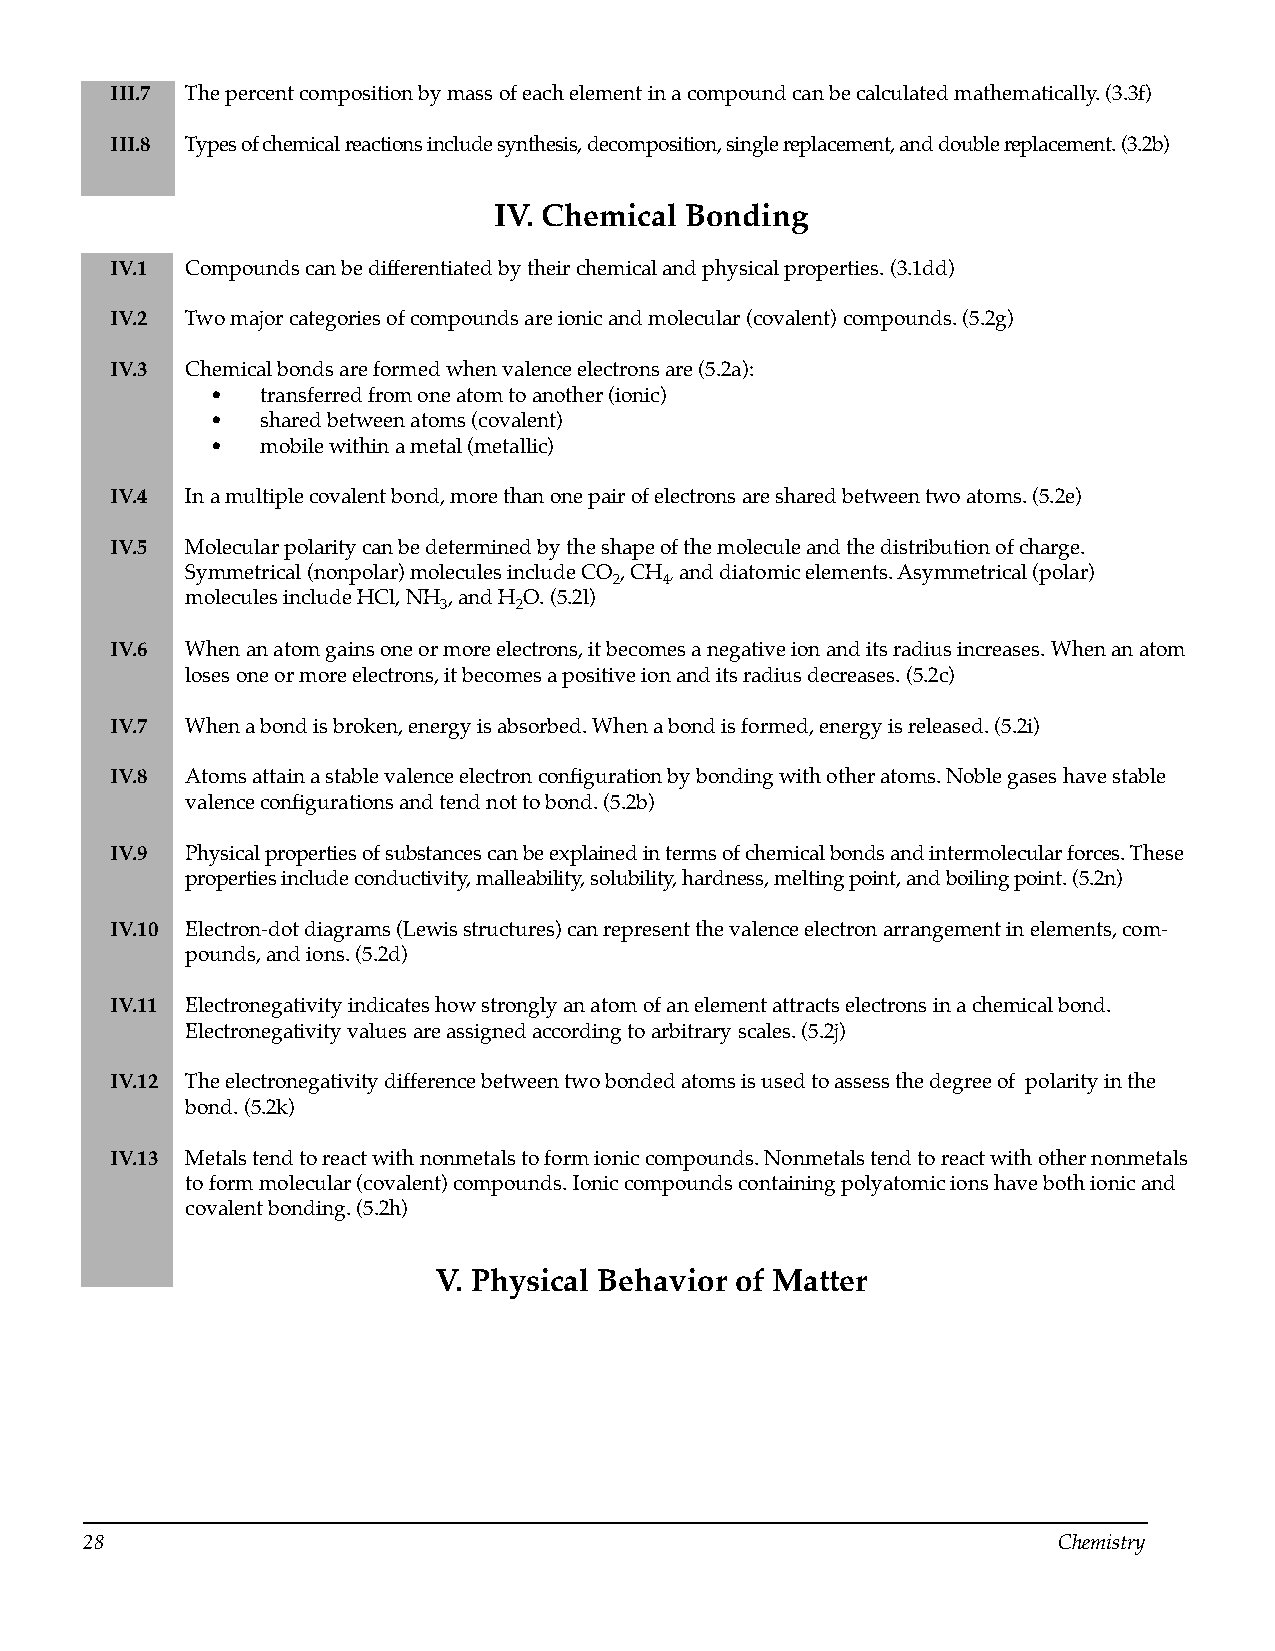
III.7 The percent composition by mass of each element in a compound can be calculated mathematically. (3.3f)
 III.8 Types of chemical reactions include synthesis, decomposition, single replacement, and double replacement. (3.2b)
 IV. Chemical Bonding
 IV.1 Compounds can be differentiated by their chemical and physical properties. (3.1dd)
 IV.2 Two major categories of compounds are ionic and molecular (covalent) compounds. (5.2g)
 IV.3 Chemical bonds are formed when valence electrons are (5.2a):
 •  transferred from one atom to another (ionic)
 •  shared between atoms (covalent)
 •  mobile within a metal (metallic)
 IV.4 In a multiple covalent bond, more than one pair of electrons are shared between two atoms. (5.2e)
 IV.5 Molecular polarity can be determined by the shape of the molecule and the distribution of charge.
 Symmetrical (nonpolar) molecules include CO 2, CH 4, and diatomic elements. Asymmetrical (polar)
 molecules include HCl, NH , and H O. (5.2l)
 3    2
 IV.6 When an atom gains one or more electrons, it becomes a negative ion and its radius increases. When an atom
 loses one or more electrons, it becomes a positive ion and its radius decreases. (5.2c)
 IV.7 When a bond is broken, energy is absorbed. When a bond is formed, energy is released. (5.2i)
 IV.8 Atoms attain a stable valence electron configuration by bonding with other atoms. Noble gases have stable
 valence configurations and tend not to bond. (5.2b)
 IV.9 Physical properties of substances can be explained in terms of chemical bonds and intermolecular forces. These
 properties include conductivity, malleability, solubility, hardness, melting point, and boiling point. (5.2n)
 IV.10 Electron-dot diagrams (Lewis structures) can represent the valence electron arrangement in elements, com­
 pounds, and ions. (5.2d)
 IV.11 Electronegativity indicates how strongly an atom of an element attracts electrons in a chemical bond.
 Electronegativity values are assigned according to arbitrary scales. (5.2j)
 IV.12 The electronegativity difference between two bonded atoms is used to assess the degree of polarity in the
 bond. (5.2k)
 IV.13 Metals tend to react with nonmetals to form ionic compounds. Nonmetals tend to react with other nonmetals
 to form molecular (covalent) compounds. Ionic compounds containing polyatomic ions have both ionic and
 covalent bonding. (5.2h)
 V. Physical Behavior of Matter
 28                                                              Chemistry